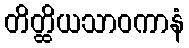
တိတ္ထိယသာဝကာနံ